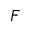
F